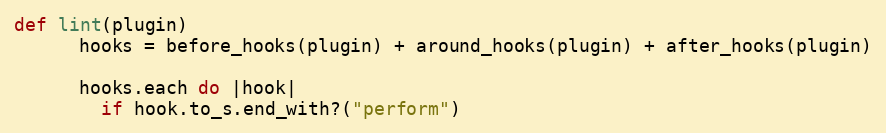
Language: Ruby
def lint(plugin)
      hooks = before_hooks(plugin) + around_hooks(plugin) + after_hooks(plugin)

      hooks.each do |hook|
        if hook.to_s.end_with?("perform")